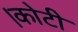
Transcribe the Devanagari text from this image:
।कोटी